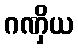
ဂဏှိယ